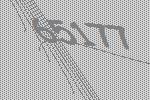
65177